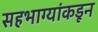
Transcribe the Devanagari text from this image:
सहभाग्यांकडून